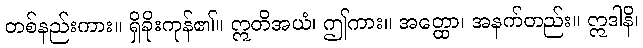
တစ်နည်းကား။ ရှိခိုးကုန်၏။ ဣတိအယံ၊ ဤကား။ အတ္ထော၊ အနက်တည်း။ ဣဒါနိ၊